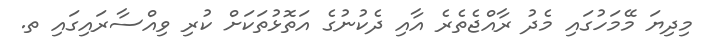
މިދިޔަ މޭމަހުގައި މެދު ރާއްޖެތެރެ އާއި ދެކުނުގެ އަތޮޅުތަކަށް ކުރި ވިއްސާރައިގައި ތ.